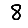
Digit: 8